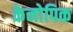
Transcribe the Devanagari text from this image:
केनोपिक